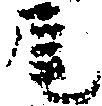
尾